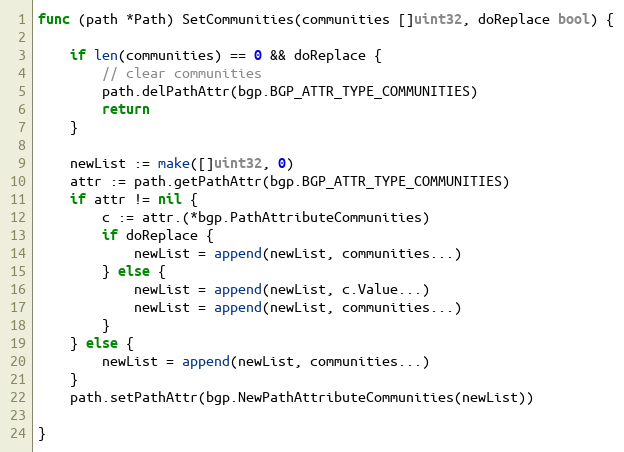
Language: Go
func (path *Path) SetCommunities(communities []uint32, doReplace bool) {

	if len(communities) == 0 && doReplace {
		// clear communities
		path.delPathAttr(bgp.BGP_ATTR_TYPE_COMMUNITIES)
		return
	}

	newList := make([]uint32, 0)
	attr := path.getPathAttr(bgp.BGP_ATTR_TYPE_COMMUNITIES)
	if attr != nil {
		c := attr.(*bgp.PathAttributeCommunities)
		if doReplace {
			newList = append(newList, communities...)
		} else {
			newList = append(newList, c.Value...)
			newList = append(newList, communities...)
		}
	} else {
		newList = append(newList, communities...)
	}
	path.setPathAttr(bgp.NewPathAttributeCommunities(newList))

}